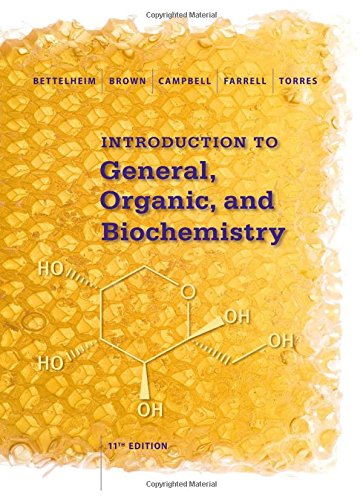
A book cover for Introduction to General, Organic and Biochemistry; Frederick A. Bettelheim; Science & Math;